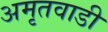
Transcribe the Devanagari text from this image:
अमृतवाडी